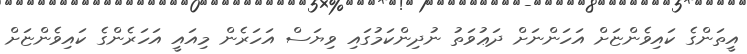
އީތަންގެ ކައިވެންޏަށް އަހަންނަށް ދަޢުވަތު ނުދިންކަމުގައި ވިޔަސް އަހަރެން މިއައީ އަހަރެންގެ ކައިވެންޏަށް